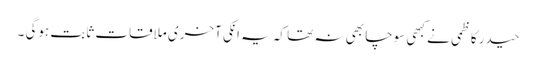
حیدر کاظمی نے کبھی سوچا بھی نہ تھا کہ یہ انکی آخری ملاقات ثابت ہوگی ۔